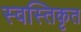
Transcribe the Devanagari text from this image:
स्वस्तिकृत